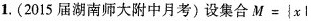
1. ( 2015 届湖南师大附中月考) 设集合 $$M = { x l